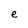
Character: e